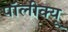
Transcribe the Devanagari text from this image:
पॉलीक्यू